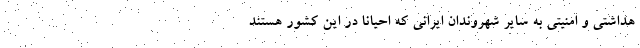
هداشتی و امنیتی به سایر شهروندان ایرانی که احیانا در این کشور هستند